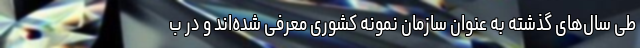
طی سال‌های گذشته به عنوان سازمان نمونه کشوری معرفی شده‌اند و در ب